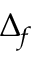
\Delta _ { f }